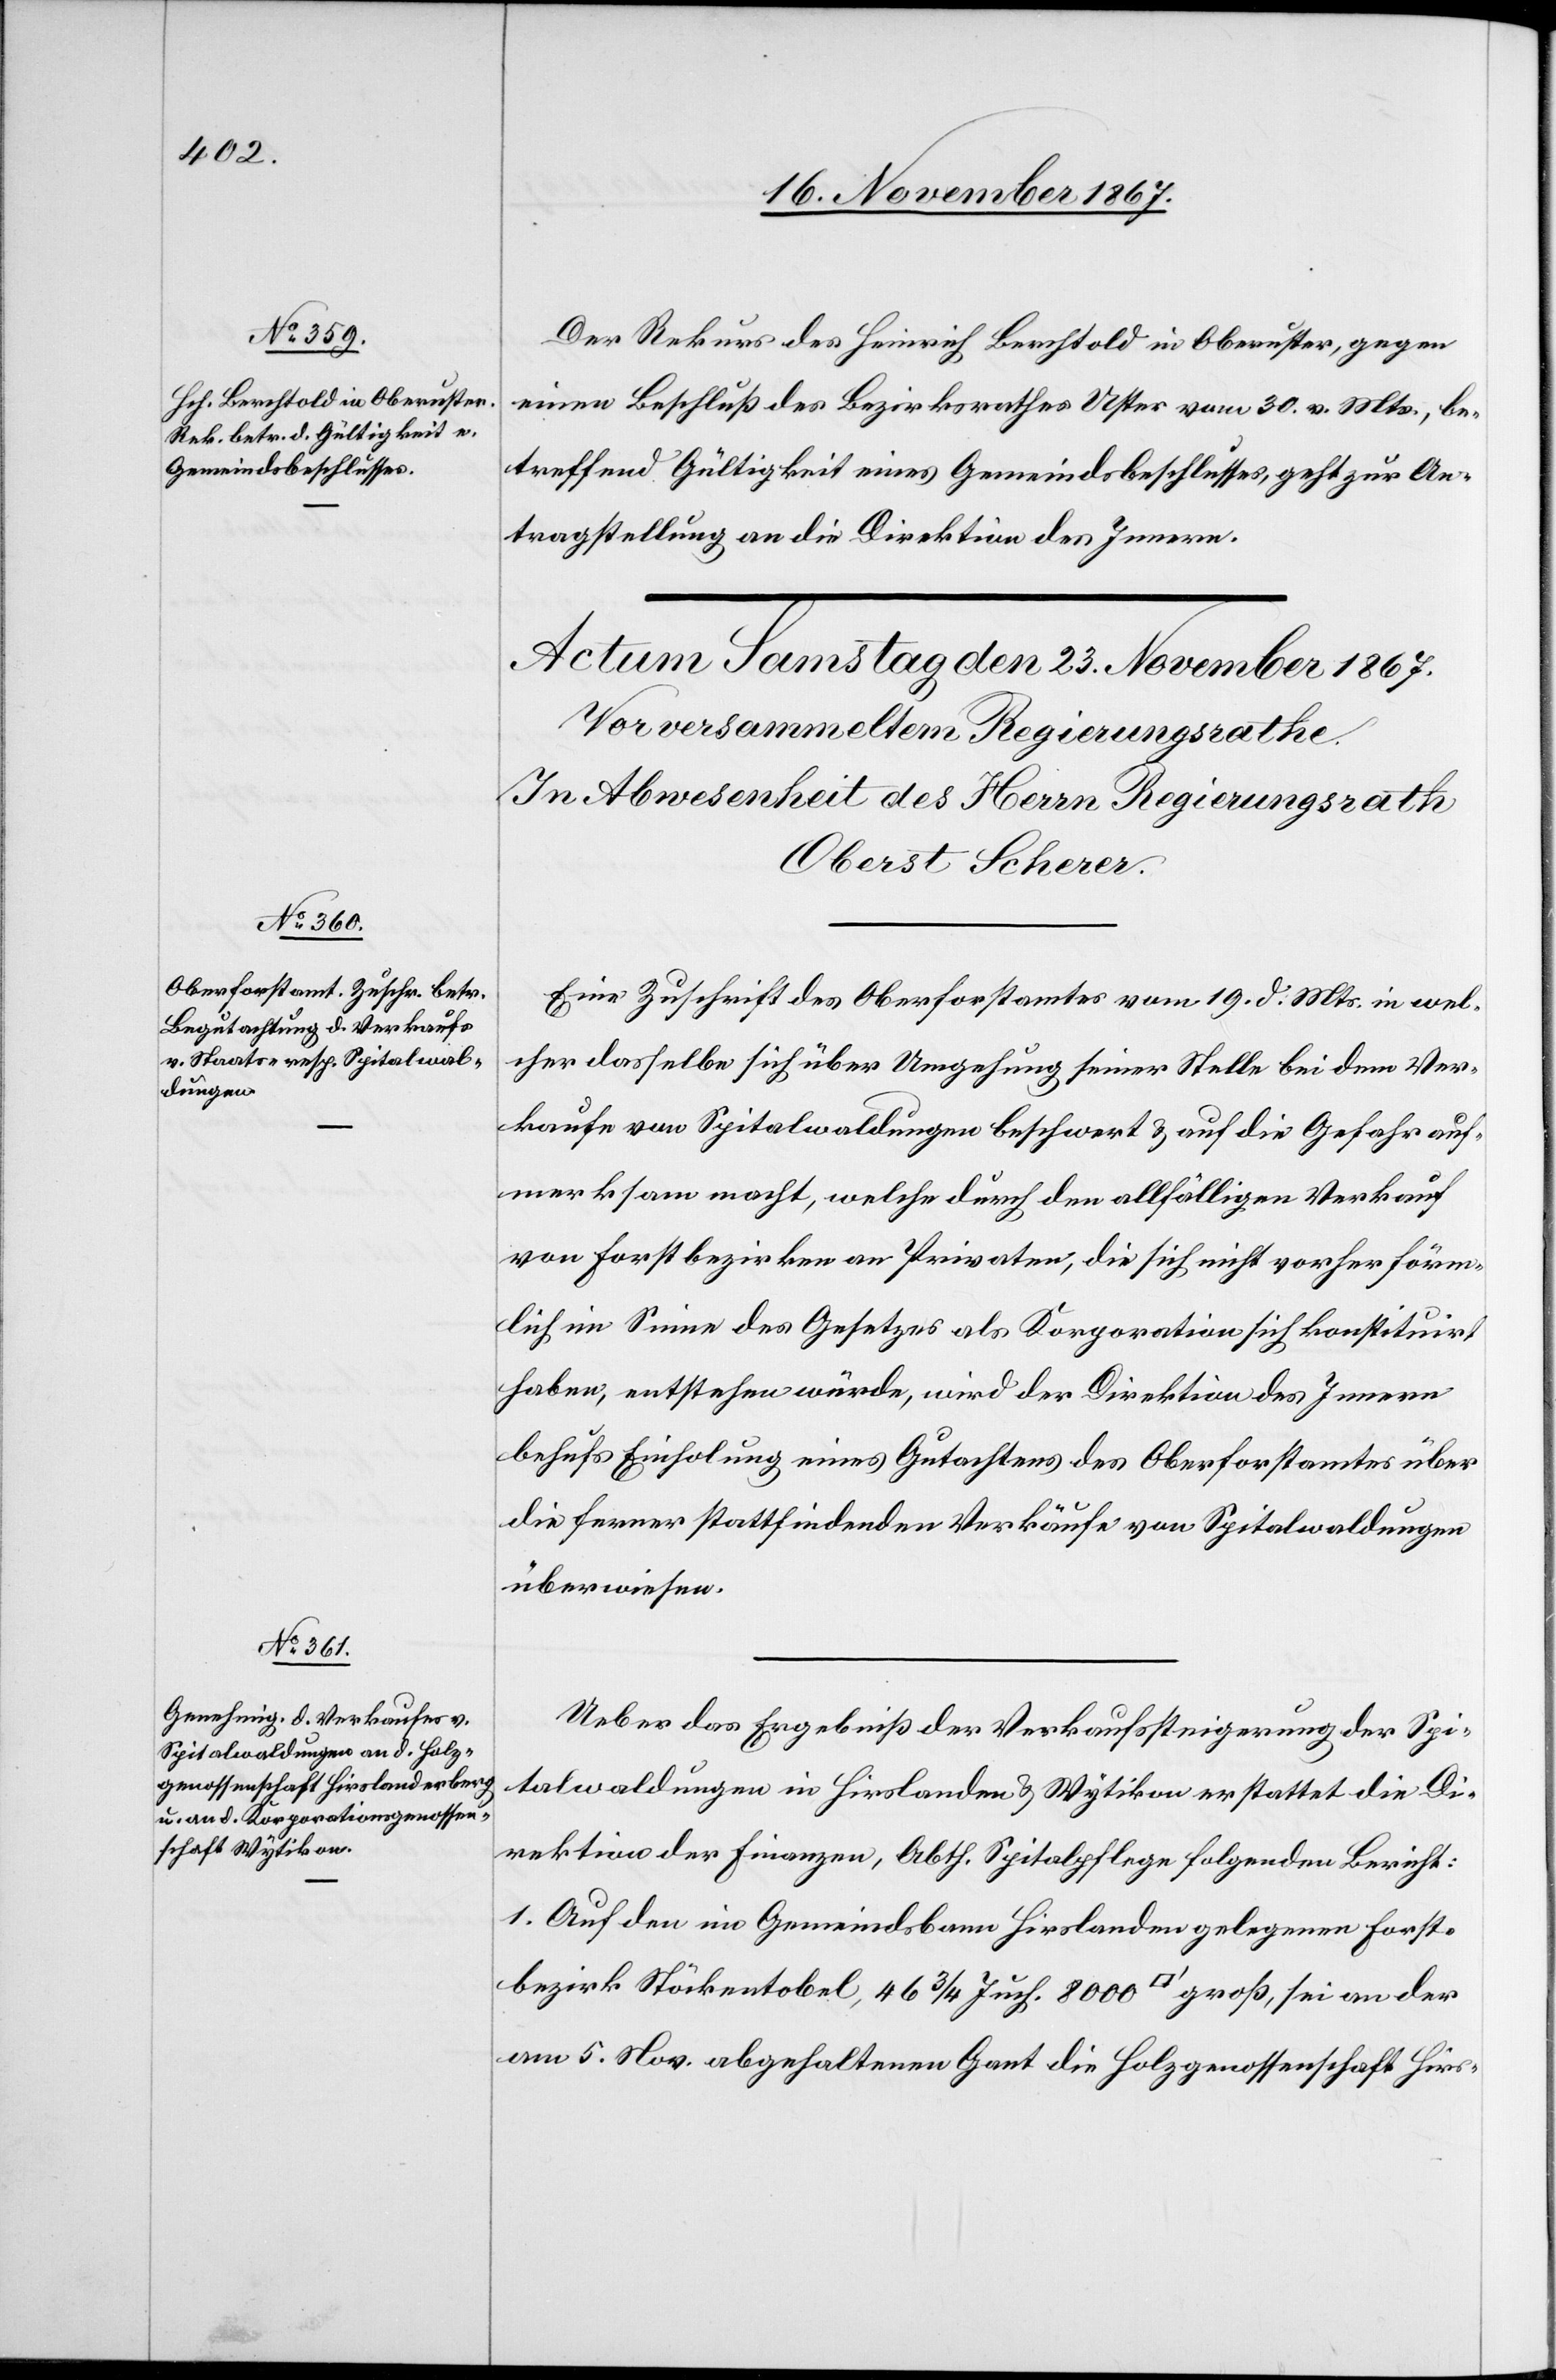
22. November 1867.]
Der Rekurs des Heinrich Berchtold in Oberuster, gegen
einen Beschluß des Bezirksrathes Uster vom 30. v. Mts., be¬
treffend Gültigkeit eines Gemeindsbeschlusses, geht zur An¬
tragstellung an die Direktion des Innern.
Eine Zuschrift des Oberforstamtes vom 19. d. Mts in wel¬
cher dasselbe sich über Umgehung seiner Stelle bei dem Ver¬
kaufe von Spitalwaldungen beschwert u. auf die Gefahr auf¬
merksam macht, welche durch den allfälligen Verkauf
von Forstbezirken an Privaten, die sich nicht vorher förm¬
lich im Sinne des Gesetzes als Korporation sich konstituirt
haben, entstehen würde, wird der Direktion des Innern
behufs Einholung eines Gutachtens des Oberforstamtes über
die ferner stattfindenden Verkäufe von Spitalwaldungen
überwiesen.
Ueber das Ergebniß der Verkaufssteigerung der Spi¬
talwaldungen in Hirslanden u. Wytikon erstattet die Di¬
rektion der Finanzen, Abth. Spitalpflege folgenden Bericht:
1. Auf den im Gemeindsbann Hirslanden gelegenen Forst¬
bezirk Stöckentobel, 46 3/4 Juch. 8000 [Quadratfuß] groß, sei an der
am 5. Nov. abgehaltenen Gant die Holzgenossenschaft Hirs-